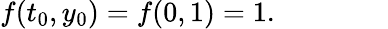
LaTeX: f(t_{0},y_{0})=f(0,1)=1.\qquad\qquad